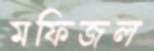
মফিজল